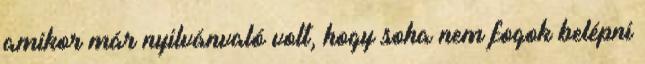
amikor már nyilvánvaló volt, hogy soha nem fogok belépni